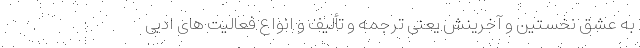
به عشق نخستین و آخرینش یعنی ترجمه و تألیف و انواع فعالیت های ادبی